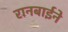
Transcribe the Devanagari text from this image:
रानबाईने